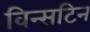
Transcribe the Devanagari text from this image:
विन्सटिन